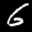
Label: 6